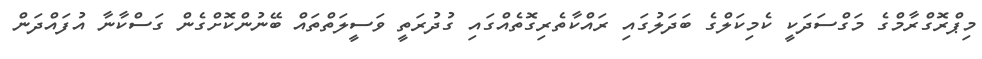
މިޕްރޮގްރާމްގެ މަގްސަދަކީ ކެމިކަލްގެ ބަދަލުގައި ރައްކާތެރިގޮތެއްގައި ގުދުރަތީ ވަސީލަތްތައް ބޭނުންކޮށްގެން ގަސްކާނާ އުފައްދަން